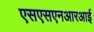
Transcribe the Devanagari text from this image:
एसएसएनआरआई